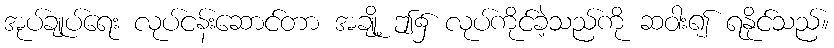
အုပ်ချုပ်ရေး လုပ်ငန်းဆောင်တာ အချို့ ဤ၌ လုပ်ကိုင်ခဲ့သည်ကို ဆဝါး၍ ရနိုင်သည်။